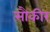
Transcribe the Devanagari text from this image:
सौकीर